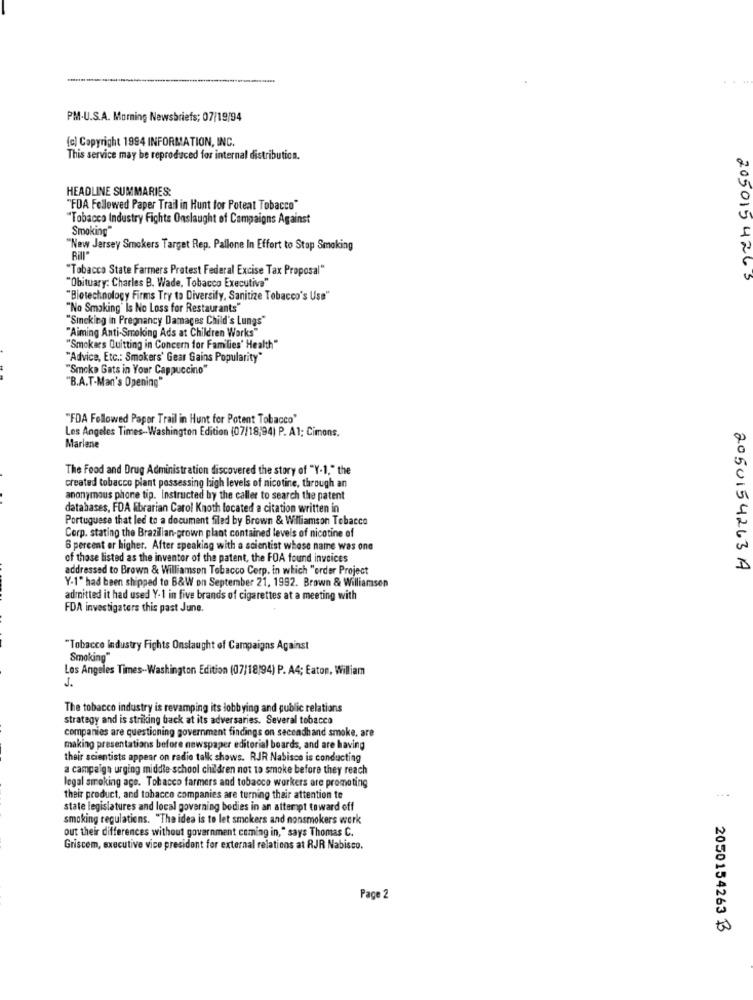
PM-U.S.A. Morning Newsbriefs; 07/19/94
(c) Copyright 1994 INFORMATION, INC.
This service may be reproduced for internal distribution.
HEADLINE SUMMARIES:
"FDA Followed Paper Trail in Hunt for Potent Tobacco"
"Tobacco Industry Fights Onslaught of Campaigns Against
Smoking"
"New Jersey Smokers Target Rep. Pallone In Effort to Stop Smoking
Bill"
"Tobacco State Farmers Pratest Federal Excise Tax Proposal"
2050154265
"Obituary: Charles B. Wade, Tobacco Executiva"
"Biotechnology Firms Try to Diversify, Sanitize Tobacco's Use"
"No Smoking" Is No Loss for Restaurants"
"Smeking in Pregnancy Damages Child's Lungs"
"Aiming Anti-Smoking Ads at Children Works"
"Smokers Quitting in Concern for Families' Health"
"Advice, Etc .: Smokers' Gear Gains Popularity"
"Smoke Gats in Your Cappuccino"
"B.A.T-Man's Opening"
"FDA Followed Paper Trail in Hunt for Potent Tobacco"
Los Angeles Times-Washington Edition (07/18,94| P. A1; Cimons,
Marlene
The Food and Drug Administration discovered the story of "Y-1," the
created tobacco plant possessing high levels of nicotine, through an
anonymous phone tip. Instructed by the caller to search the patent
databases, FDA librarian Carol Knoth located a citation written in
Portuguese that led to a document filed by Brown & Williamson Tobacco
Corp. stating the Brazilian-grown plant contained levels of nicotine of
6 percent or higher. After speaking with a scientist whose name was one
of those listed as the inventor of the patent, the FOA found invoices
addressed to Brown & Williamson Tobacco Corp. in which "order Project
2050154263A
Y-1" had been shipped to B&W on September 21, 1992. Brown & Williarasen
admitted it had used Y-1 in five brands of cigarettes at a meeting with
FDA investigators this past June.
"Tobacco industry Fights Onslaught of Campaigns Against
Smoking"
Los Angeles Times -- Washington Edition (07/18/94) P. A4; Eaton, William
J.
The tobacco industry is revamping its lobbying and public relations
strategy and is striking back at its adversaries. Several tobacco
companies are questioning government findings on secondhand smoke, are
presentations before newspaper editorial boards, and are having
their scientists appear on radio talk shows. RJR Nabisco is conducting
a campaign urging middle school children not to smoke before they reach
legal smoking age. Tobacco farmers and tobacco workers are promoting
their product, and tobacco companies are turning their attention to
state legislatures and local governing bodies in an attempt toward off
smoking regulations. "The idea is to let smokers and nonsmokers work
out their differences without government coming in," says Thomas C.
Griscem, executive vice president for external relations at RJR Nabisco.
Page 2
2050154263 B